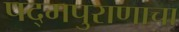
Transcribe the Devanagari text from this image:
पद्‌मपुराणाचा